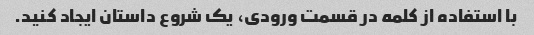
با استفاده از کلمه در قسمت ورودی، یک شروع داستان ایجاد کنید.